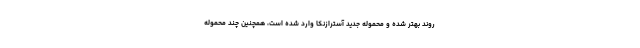
روند بهتر شده و محموله جدید آسترازنکا وارد شده است، همچنین چند محموله